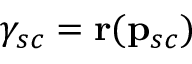
\gamma _ { s c } = \mathbf { r } ( \mathbf { p } _ { s c } )